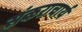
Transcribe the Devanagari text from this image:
संकराचार्य